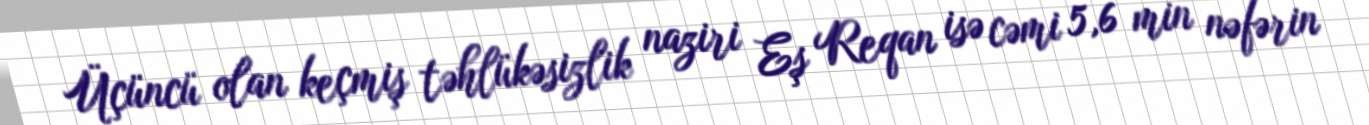
Üçüncü olan keçmiş təhlükəsizlik naziri Eş Reqan isə cəmi 5,6 min nəfərin